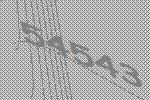
54543